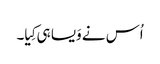
اُس نے وَیسا ہی کِیا۔